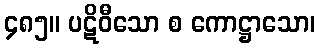
၄၈၅။ ပဋိဝီသော စ ကောဋ္ဌာသော၊